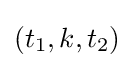
(t_{1},k,t_{2})